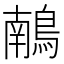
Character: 𪃢